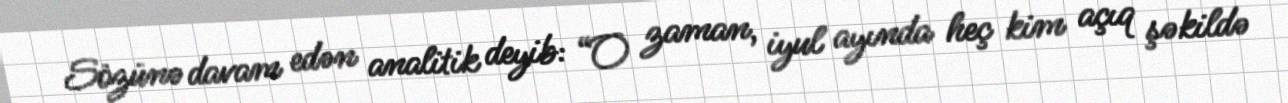
Sözünə davam edən analitik deyib: “O zaman, iyul ayında heç kim açıq şəkildə